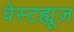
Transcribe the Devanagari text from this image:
वेस्टह्यूज़